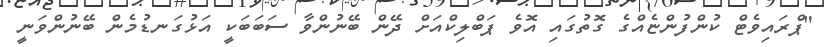
"ޕްރައިވެޓް ކުންފުންޏެއްގެ ގޮތުގައި އޮވެ ޕަބްލިކްއަށް ދޭން ބޭނުންވާ ސަބަބަކީ އަޅުގަނޑުމެން ބޭނުންވަނީ